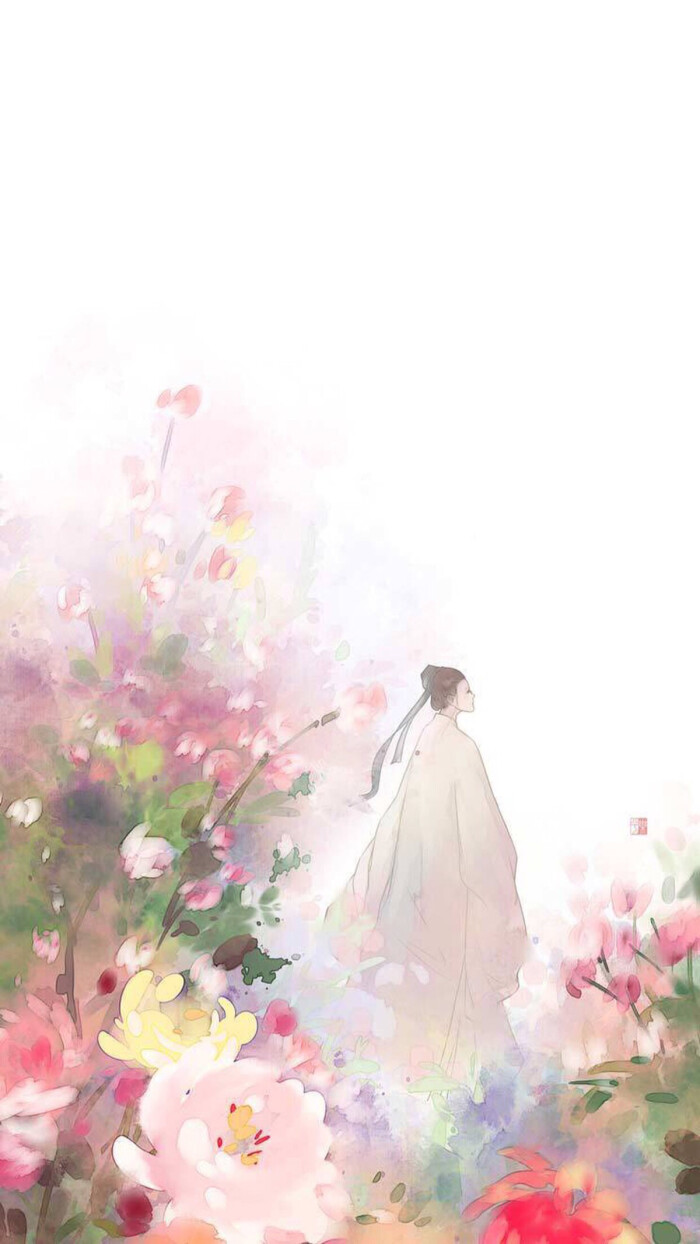
记得别伊时，桃花柳万丝。